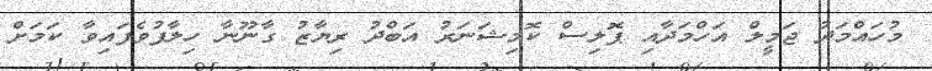
މުހައްމަދު ޖަމީލް އަހްމަދާއި ޕޮލިސް ކޮމިޝަނަރު އަބްދު ރިޔާޒު ގާނޫނާ ހިލާފުވެފައިވާ ކަމަށް